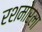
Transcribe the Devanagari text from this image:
रशमोरला